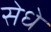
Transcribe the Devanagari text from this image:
सेधे